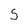
Character: 5